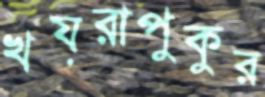
খয়রাপুকুর